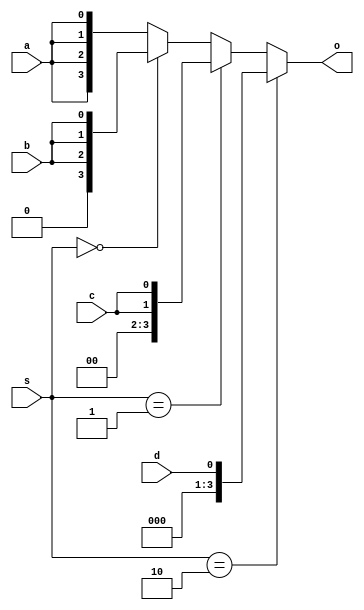
module clairexen_freduce (
        input wire [1:0] s,
        input wire a, b, c, d,
        output reg [3:0] o
);
        always @* begin
                o = {4{a}};
                if (s == 0) o = {3{b}};
                if (s == 1) o = {2{c}};
                if (s == 2) o = d;
        end
endmodule